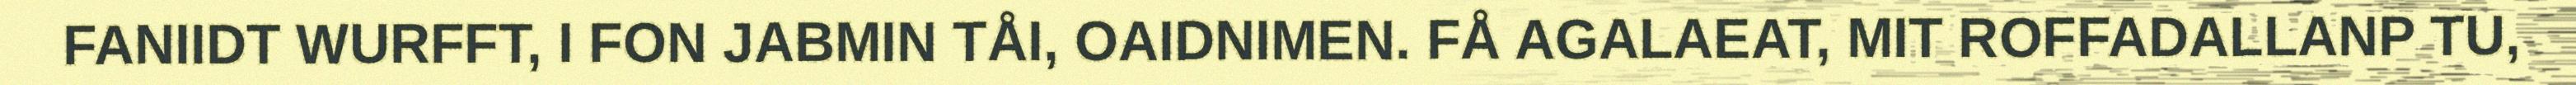
FANIIDT WURFFT, I FON JABMIN TÅI, OAIDNIMEN. FÅ AGALAEAT, MIT ROFFADALLANP TU,